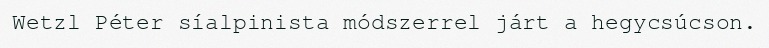
Wetzl Péter síalpinista módszerrel járt a hegycsúcson.